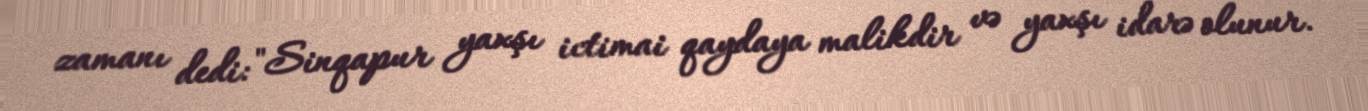
zamanı dedi: "Sinqapur yaxşı ictimai qaydaya malikdir və yaxşı idarə olunur.